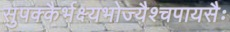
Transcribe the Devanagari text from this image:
सुपक्कैर्भक्ष्यभोज्यैश्चपायसैः